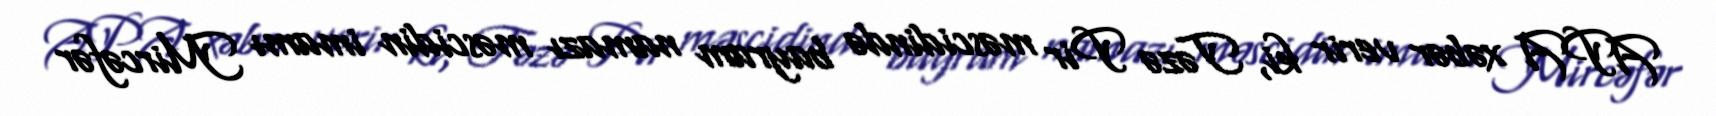
APA xəbər verir ki, Təzə Pir məscidində bayram namazı məscidin imamı Mircəfər